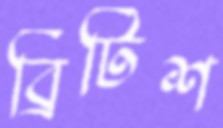
ব্রিটিশ